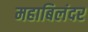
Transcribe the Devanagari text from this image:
महाबिलंदर